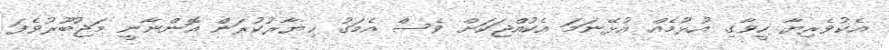
އެކުވެރިޔާ ހީވާގި އުޅުމެއް އުޅޭނަމަ އެކުއްޖަކަށް ވެސް އެމަގު ޚިޔާރުކުރަން އޮންނާނީ މަޖުބޫރުވެފަ